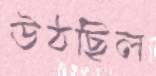
উঠছিল